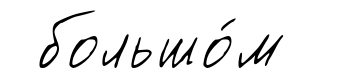
большо́м